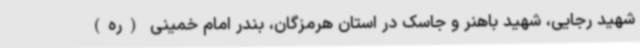
شهید رجایی، شهید باهنر و جاسک در استان هرمزگان، بندر امام خمینی (ره)